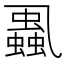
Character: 𧒢